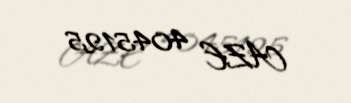
AZE 4045125